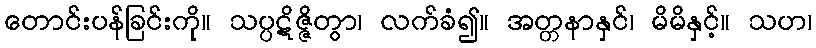
တောင်းပန်ခြင်းကို။ သပ္ပဋိဇ္ဇိတွာ၊ လက်ခံ၍။ အတ္တနာနှင်၊ မိမိနှင့်။ သဟ၊